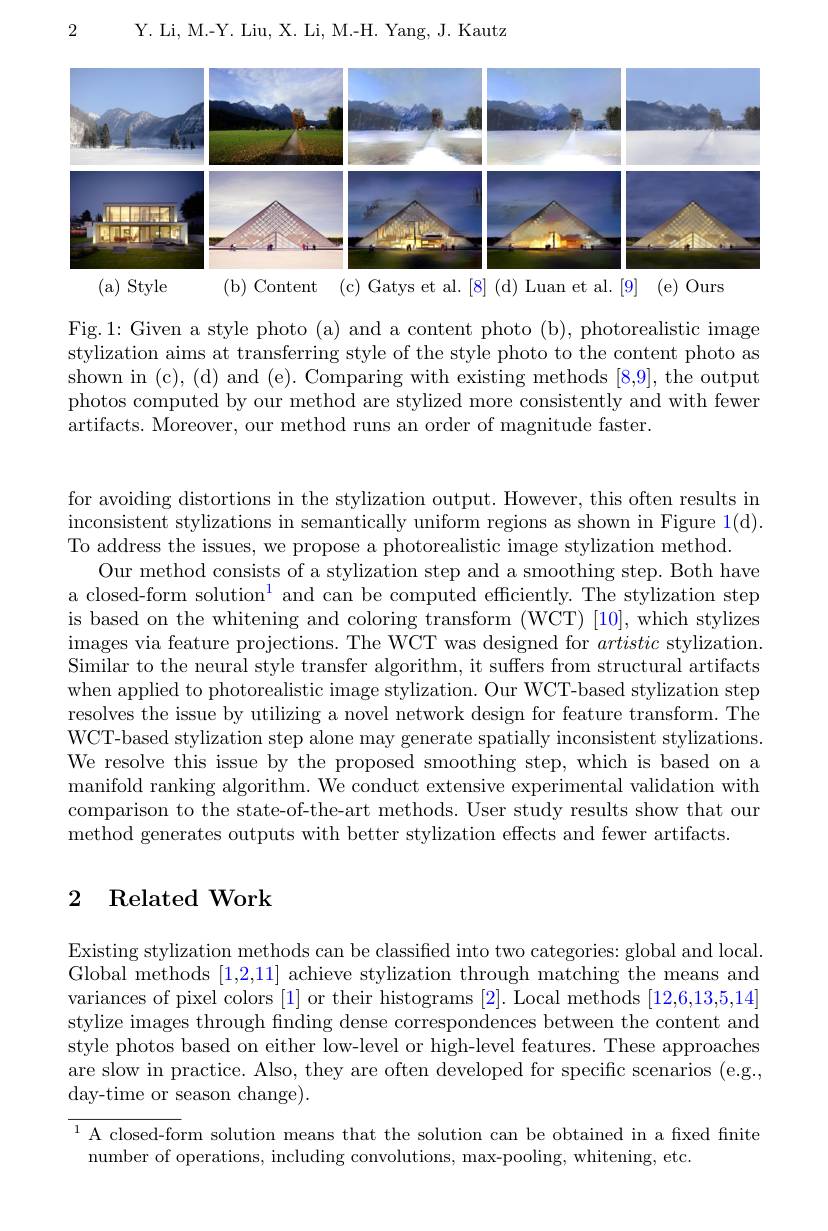
2

Y. Li, M.-Y. Liu, X. Li, M.-H. Yang, J. Kautz

<FigureHere>
(a) Style
(b) Content (c) Gatys et al.[8] (d) Luan et al.[9] (e) Ours

Fig.1: Given a style photo (a) and a content photo (b), photorealistic image stylization aims at transferring style of the style photo to the content photo as shown in (c), (d) and (e). Comparing with existing methods [8,9], the output photos computed by our method are stylized more consistently and with fewer artifacts. Moreover, our method runs an order of magnitude faster.

for avoiding distortions in the stylization output. However, this often results in inconsistent stylizations in semantically uniform regions as shown in Figure 1(d). To address the issues, we propose a photorealistic image stylization method.
Our method consists of a stylization step and a smoothing step. Both have a closed-form solution$^1$ and can be computed efficiently. The stylization step is based on the whitening and coloring transform (WCT) [10], which stylizes images via feature projections. The WCT was designed for artistic stylization. Similar to the neural style transfer algorithm, it suffers from structural artifacts when applied to photorealistic image stylization. Our WCT-based stylization step resolves the issue by utilizing a novel network design for feature transform. The WCT-based stylization step alone may generate spatially inconsistent stylizations. We resolve this issue by the proposed smoothing step, which is based on a manifold ranking algorithm. We conduct extensive experimental validation with comparison to the state-of-the-art methods. User study results show that our method generates outputs with better stylization effects and fewer artifacts.

## 2 Related Work

Existing stylization methods can be classified into two categories: global and local Global methods [1,2,11] achieve stylization through matching the means and variances of pixel colors [1] or their histograms [2]. Local methods [12,6,13,5,14] stylize images through finding dense correspondences between the content and style photos based on either low-level or high-level features. These approaches are slow in practice. Also, they are often developed for specific scenarios (e.g., day-time or season change).

$^{1}$ A closed-form solution means that the solution can be obtained in a fixed finite
number of operations, including convolutions, max-pooling, whitening, etc.